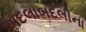
અદલાબદલીના